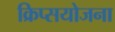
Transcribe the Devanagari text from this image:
क्रिप्सयोजना